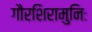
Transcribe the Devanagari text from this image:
गौरशिरामुनिः